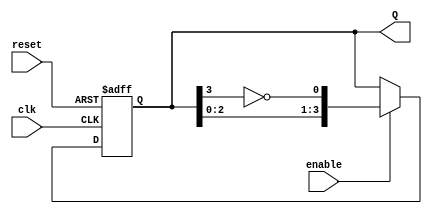
module johnson_counter (
    input wire clk,          // Clock input
    input wire reset,        // Asynchronous reset input
    input wire enable,       // Enable input
    output reg [N-1:0] Q     // Output state of the counter
);
    parameter N = 4;         // Number of flip-flops (can be changed as needed)

    // Internal signal for feedback
    wire feedback;

    // Assign feedback as the inverted output of the last flip-flop
    assign feedback = ~Q[N-1];

    // Sequential logic for the Johnson Counter
    always @(posedge clk or posedge reset) begin
        if (reset) begin
            Q <= 0; // Reset all flip-flops to 0
        end else if (enable) begin
            Q <= {Q[N-2:0], feedback}; // Shift and feedback
        end
    end
endmodule